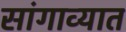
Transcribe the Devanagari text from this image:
सांगाव्यात